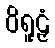
ဝိရူဠှံ